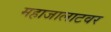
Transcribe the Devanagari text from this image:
महाजालाटवर